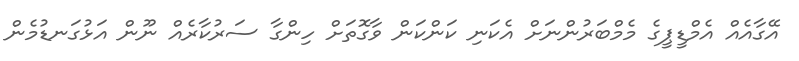
އޭގާއެއް އެމްޑީޕީގެ މެމްބަރުންނަށް އެކަނި ކަންކަން ވާގޮތަށް ހިންގާ ސަރުކާރެއް ނޫން އަޅުގަނޑުމެން